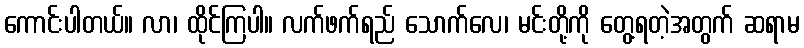
ကောင်းပါတယ်။ လာ၊ ထိုင်ကြပါ။ လက်ဖက်ရည် သောက်လေ၊ မင်းတို့ကို တွေ့ရတဲ့အတွက် ဆရာမ